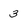
Character: 3